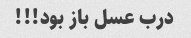
درب عسل باز بود!!!